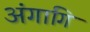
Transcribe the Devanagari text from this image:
अंगागि